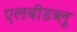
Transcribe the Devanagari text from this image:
एलबीडब्लू